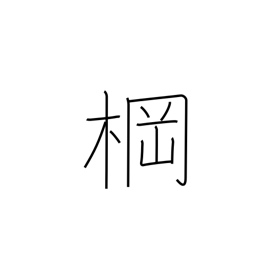
Meaning: mast crossbeam